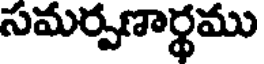
సమర్పణార్థము